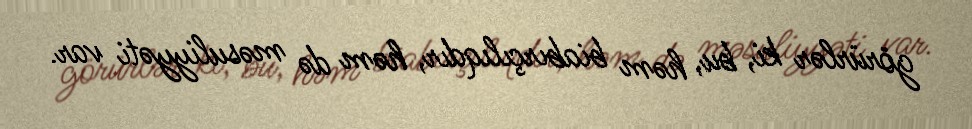
görürlər ki, bu, həm biabırçılıqdır, həm də məsuliyyəti var.